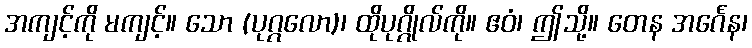
အကျင့်ကို မကျင့်။ သော (ပုဂ္ဂလော)၊ ထိုပုဂ္ဂိုလ်ကို။ ဧဝံ၊ ဤသို့။ တေန အင်္ဂေန၊